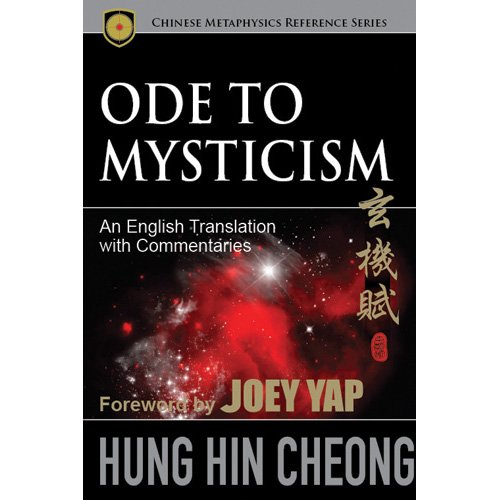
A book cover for Ode To Mysticism: An English Translation with Commentaries; Hung Hin Cheong; Religion & Spirituality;